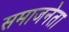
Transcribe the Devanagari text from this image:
समाजनेता